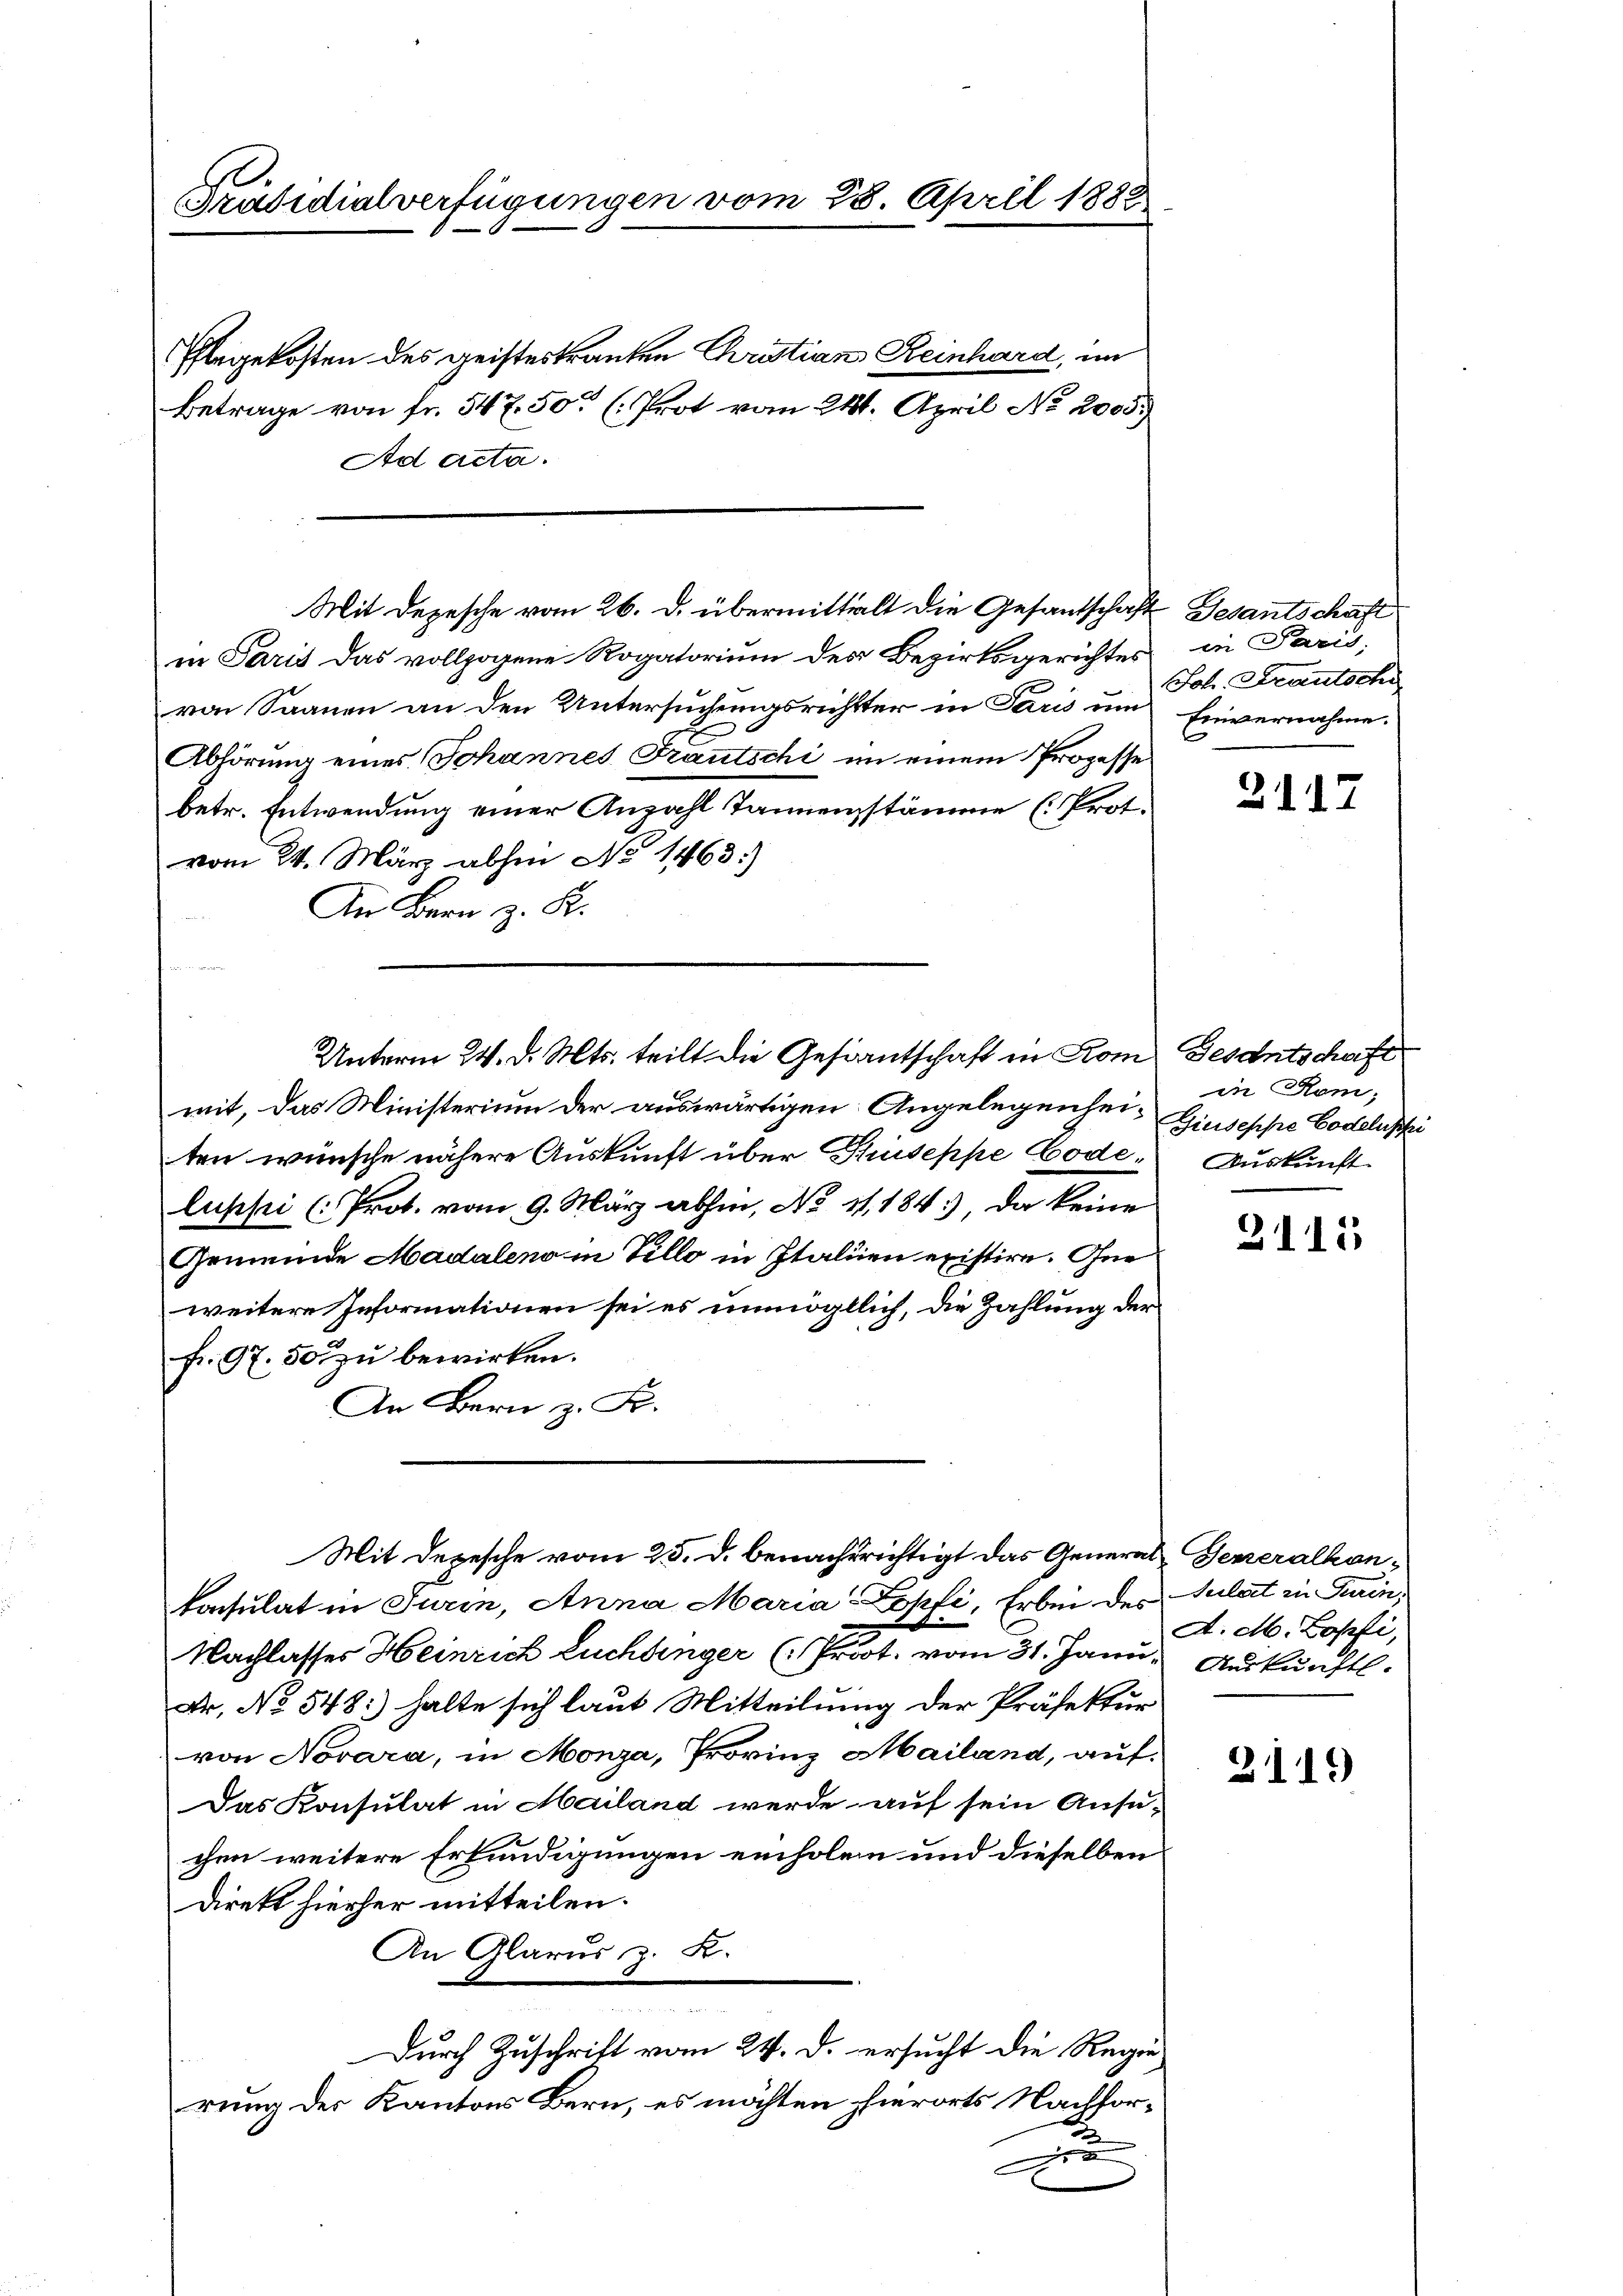
Präsidialverfügungen vom 28. April 1882

Ehlegekosten des geisteskranken Christian Reinhard, im
Betrage von fr. 547. 50 (Prot vom 241. April No 2005.)
Ad acta.

in Paris das vollzogene Rogatorium des Bezirksgerichtes
von Saanen an den Untersuchungsrichtter in Paris um Einvernahme.
Abhörung eines Johannes Frautschi im einem Prozesse
betr. Entwendung einer Anzahl Tannenstämme (Prot.
vom 24. März abhin No 1463)
An Bern z. K.
mit, das Ministerium der auswärtigen Angelegenhei- Giuseppe Bodelischei
ten wünsche nähere Auskunft über Thuseppe Code, Auskunft
luphei (Prot. vom 9. März abhin, No 11, 1843), da keine
Gemeinde Madaleno in Tillo in Italien existire. Ohne
weitere Informationen sei es unmöglich, die Zahlung der
fr. 97. 500 zu bewirken.
An Bern z. Fr.
Mit Depesche vom 25. d. benachsrichtigt das General-Generalkonkonsulat in Turin, Anna Maria-Lopfi, Erbei des Sulat in Turin,
Nachlasses Heinrich Euchbinger (Prost. vom 31. Janu, Auskunftl.
Dr. No 548: halte sich laut Mitteilung der Präfektur
von Novara, in Monza, Provinz Mailand, auf¬
Das Konsulat in Mailand werde auf sein Ansu-
chen weitere Erkundigungen einholen und dieselben
direkt hierher mitteilen.
An Glarus, z. K.

Durch Zuschrift vom 24. d. ersucht die Regierung der Kantons Bern, es möchten hierorts Nachfor¬
.
D

Mit Depesche vom 26. d. übermittelt die Gesantschaft Gesantschaft

Unterm 24. d. Mts. teilt die Gesinntschaft in Rom Gesantschaft

in Paris;
Joh. Frautsche

2117

in Rom;

2115

A. M. Lossi,

3119